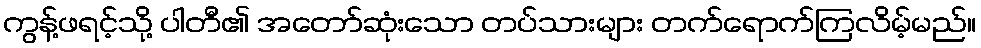
ကွန့်ဖရင့်သို့ ပါတီ၏ အတော်ဆုံးသော တပ်သားများ တက်ရောက်ကြလိမ့်မည်။